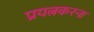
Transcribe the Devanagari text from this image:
प्रयत्नकरना